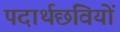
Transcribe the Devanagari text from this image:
पदार्थछवियों